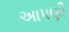
અાપણી